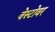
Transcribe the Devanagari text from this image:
वेस्टोवर